Annual report on the Civil Veterinary Department, Burma (including the Insein Veterinary School) - 1932-1941
Year: 1932
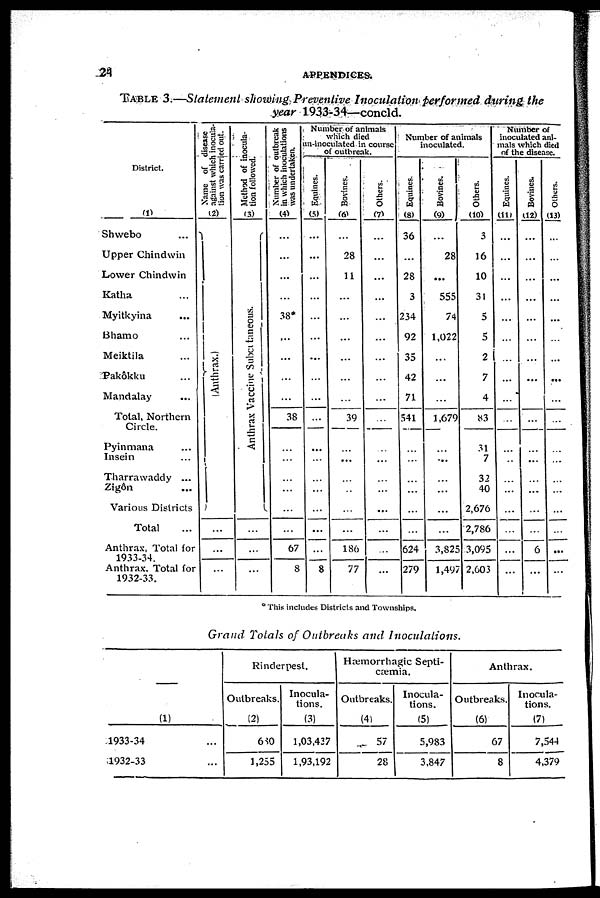
24
APPENDICES.
TABLE 3.—Statement showing Preventive Inoculation performed during the
year 1933-34—concld.
District.
(1)
Shwebo ...
Upper Chindwin
Lower Chindwin
Katha ...
Myitkyina ...
Bhamo ...
Meiktila ...
Pakôkku ...
Mandalay ...
Total, Northern
Circle.
Pyinmana ...
Insein ...
Tharrawaddy ...
Zigôn ...
Various Districts
Total ...
Anthrax, Total for
1933-34.
Anthrax, Total for
1932-33.
Name
of disease
against which inocula-
tion was carried out.
(2)
(Anthrax.)
...
...
...
Method of inocula-
tion followed.
(3)
Anthrax Vaccine Subcutaneous.
...
...
...
Number of outbreak
in which inoculations
was undertaken.
(4)
...
...
...
...
38*
...
...
...
...
38
...
...
...
...
...
...
67
8
Number of animals
which died
un-inoculated in course
of outbreak.
Equines.
(5)
...
...
...
...
...
...
...
...
...
...
...
...
...
...
...
...
...
8
Bovines.
(6)
...
28
11
...
...
...
...
...
...
39
...
...
...
...
...
...
186
77
Others.
(7)
...
...
...
...
...
...
...
...
...
...
...
...
...
...
...
...
...
...
Number of animals
inoculated.
Equines.
(8)
36
...
28
3
234
92
35
42
71
541
...
...
...
...
...
...
624
279
Bovines.
(9)
...
28
...
555
74
1,022
...
...
...
1,679
...
...
...
...
...
...
3,823
1,497
Others.
(10)
3
16
10
31
5
5
2
7
4
83
31
7
32
40
2,676
2,786
5 3,095
2,603
Number of
inoculated ani-
mals which died
of the disease.
Equines.
(11)
...
...
...
...
...
...
...
...
...
...
...
...
...
...
...
...
...
...
Bovines.
(12)
...
...
...
...
...
...
...
...
...
...
...
...
...
...
...
...
6
...
Others.
(13)
...
...
...
...
...
...
...
...
...
...
...
...
...
...
...
...
...
...
* This includes Districts and Townships.
Grand Totals of Outbreaks and Inoculations.
(1)
1933-34 ...
1932-33 ...
Rinderpest.
Outbreaks.
(2)
680
1,255
Inocula-
tions.
(3)
1,03,437
1,93,192
Hæmorrhagic Septi-
cæmia.
Outbreaks.
(4)
57
28
Inocula-
tions.
(5)
5,983
3,847
Anthrax.
Outbreaks.
(6)
67
8
Inocula-
tions.
(7)
7,544
4,379